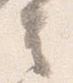
言